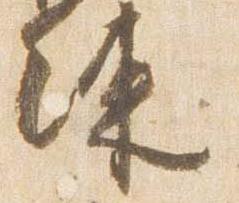
練